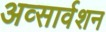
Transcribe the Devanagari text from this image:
अव्सार्वशन